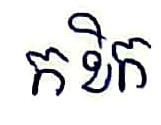
កខិក